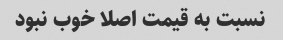
نسبت به قیمت اصلا خوب نبود